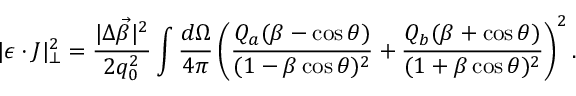
| \epsilon \cdot J | _ { \bot } ^ { 2 } = { \frac { | \Delta \vec { \beta } | ^ { 2 } } { 2 q _ { 0 } ^ { 2 } } } \int { \frac { d \Omega } { 4 \pi } } \left( { \frac { Q _ { a } ( \beta - \cos \theta ) } { ( 1 - \beta \cos \theta ) ^ { 2 } } } + { \frac { Q _ { b } ( \beta + \cos \theta ) } { ( 1 + \beta \cos \theta ) ^ { 2 } } } \right) ^ { 2 } .